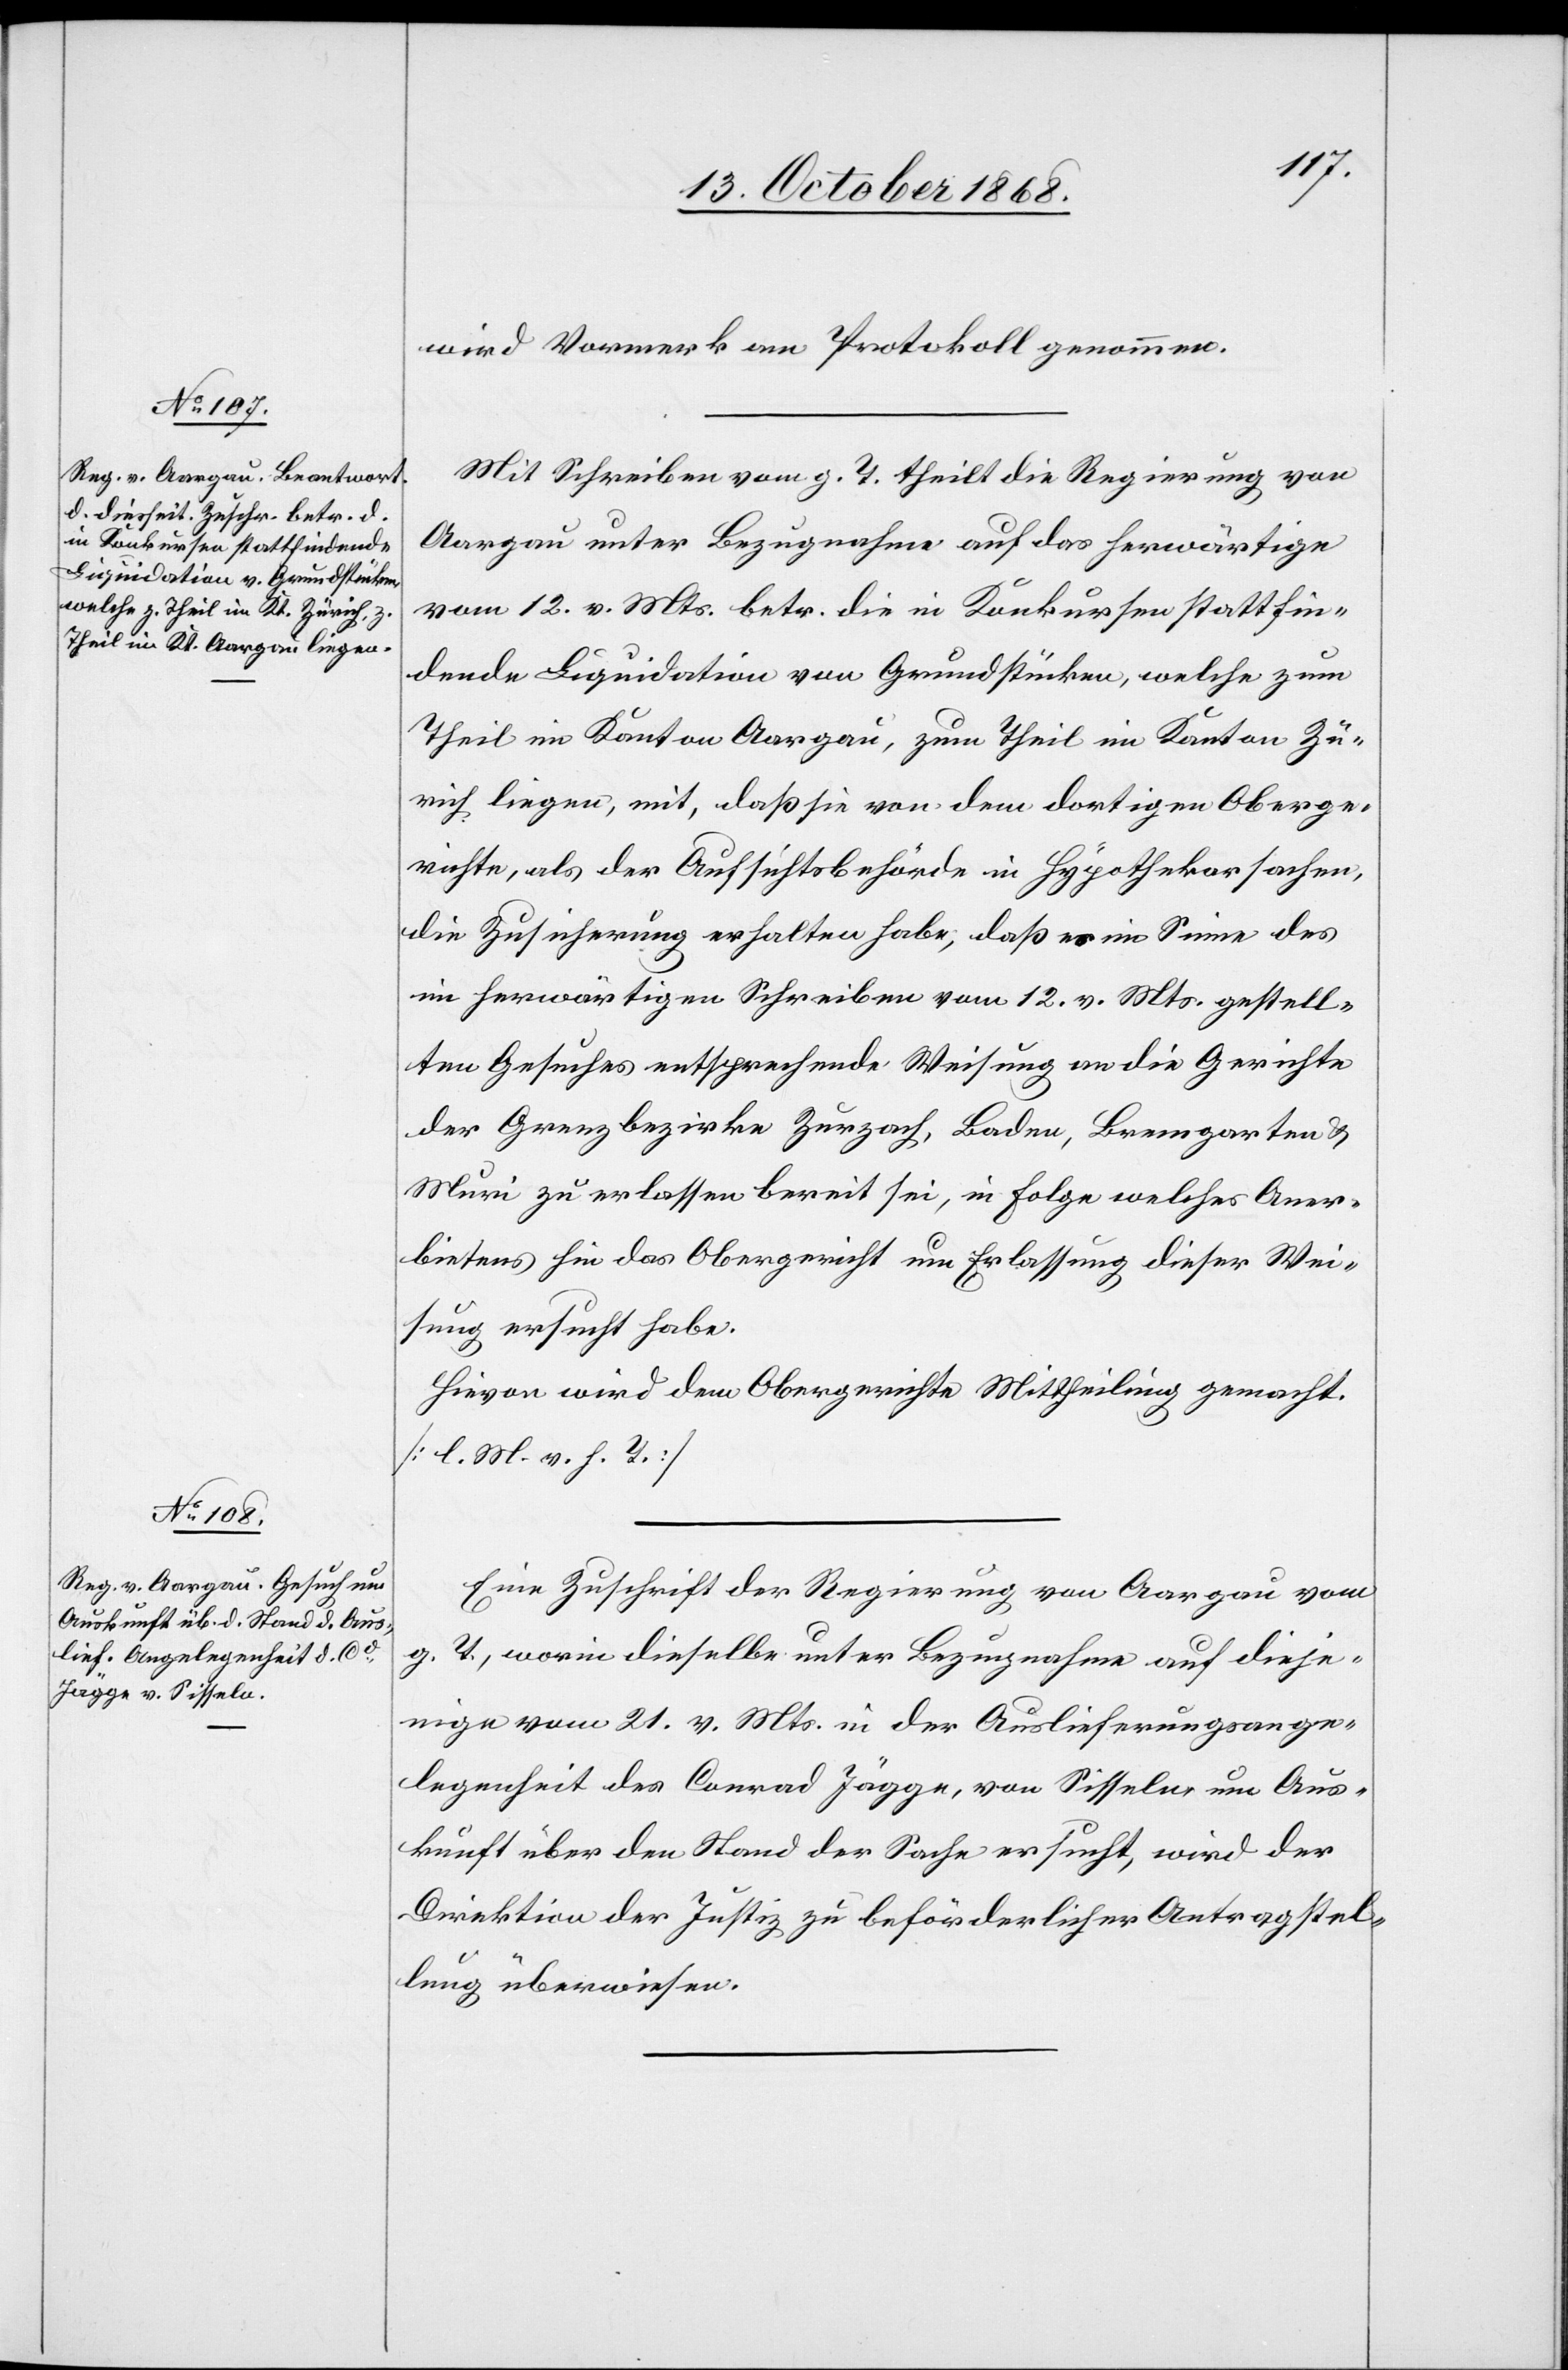
15. October 1868.]
wird Vormerk am Protokoll genommen.
Mit Schreiben vom g. T. theilt die Regierung von
Aargau unter Bezugnahme auf das herwärtige
vom 12. v. Mts. betr. die in Konkursen stattfin¬
dende Liquidation von Grundstücken, welche zum
Theil im Kanton Aargau, zum Theil im Kanton Zü¬
rich liegen, mit, daß sie von dem dortigen Oberge¬
richte, als der Aufsichtsbehörde in Hypothekarsachen,
die Zusicherung erhalten habe, daß es im Sinne des
im herwärtigen Schreiben vom 12. v. Mts. gestell¬
ten Gesuches entsprechende Weisung an die Gerichte
der Grenzbezirke Zurzach, Baden, Bremgarten &
Muri zu erlassen bereit sei, in Folge welches Aner¬
bietens hin das Obergericht um Erlassung dieser Wei¬
sung ersucht habe.
Hievon wird dem Obergerichte Mittheilung gemacht.
[l. M. v. h. T.]
Eine Zuschrift der Regierung von Aargau vom
g. T., worin dieselbe unter Bezugnahme auf dieje¬
nige vom 21. v. Mts. in der Auslieferungsange¬
legenheit des Conrad Jägge, von Sisseln um Aus¬
kunft über den Stand der Sache ersucht, wird der
Direktion der Justiz zu beförderlicher Antragstel¬
lung überwiesen.